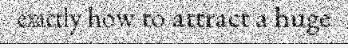
exactly how to attract a huge